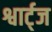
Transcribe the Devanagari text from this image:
श्वार्ट्‌ज